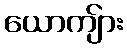
ယောကျ်ား